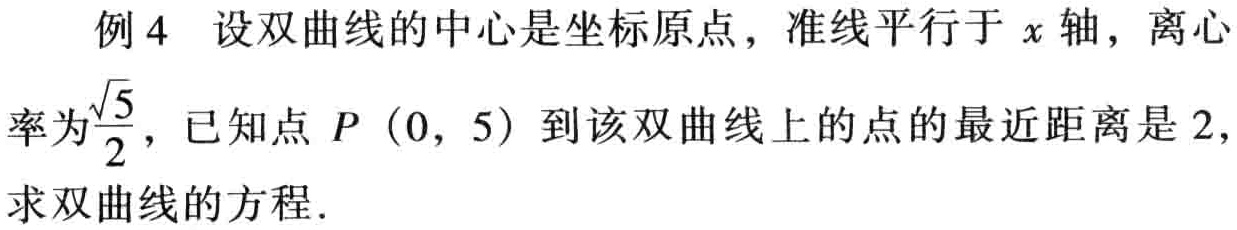
例 4 设双曲线的中心是坐标原点，准线平行于 \(x\) 轴，离心率为\(\frac{\sqrt{5}}{2}\)，已知点 \(P\ (0,\ 5)\) 到该双曲线上的点的最近距离是 \(2\)，求双曲线的方程.